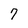
Character: 7